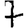
Digit: 7